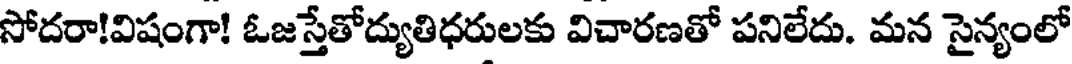
సోదరా!విషంగా! ఓజస్తేతోద్యుతిధరులకు విచారణతో పనిలేదు. మన సైన్యంలో